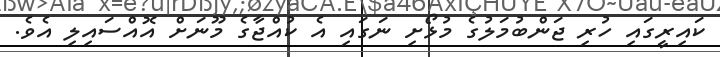
ކައިރީގައި ހުރި ޖަންބުމަލުގެ މުޅޯށި ނަގައި އެ ކުއްޖާގެ މޫނަށް އޮއްސައިލި އެވެ.